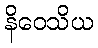
နိဝေသိယ